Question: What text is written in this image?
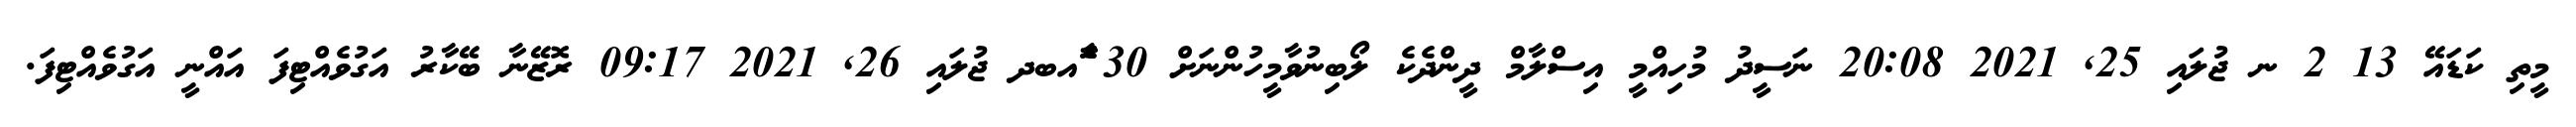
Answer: މީތި ކަޑައޭ 13 2 ނ ޖުލައި 25, 2021 20:08 ނަސީދު މުހިއްމީ އިސްލާމް ދީންދެކެ ލޯބިނުވާމީހުންނަށް 30 ާަެެައބދ ޖުލައި 26, 2021 09:17 ރޮޒޭނާ ބޭކާރު އަގުވެއްޓިފަ އައްނީ އަގުވެއްޓިފަ.